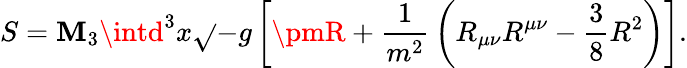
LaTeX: S=\mathbf{M}_{3}\intd^{3}x{\sqrt{}{{-g}}}\left[\pmR+{\frac{{1}}{{m^{2}}}}\left(R_{\mu\nu}R^{\mu\nu}-{\frac{{3}}{{8}}}R^{2}\right)\right].